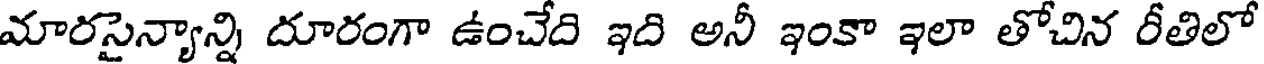
మారసైన్యాన్ని దూరంగా ఉంచేది ఇది అనీ ఇంకా ఇలా తోచిన రీతిలో